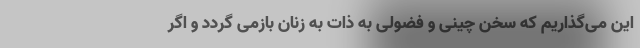
این می‌گذاریم که سخن چینی و فضولی به ذات به زنان بازمی گردد و اگر